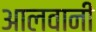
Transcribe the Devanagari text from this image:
आलवानी